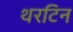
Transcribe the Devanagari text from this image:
थरटिन